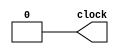
module Clock (clock);

	output reg clock;

	always
		begin 
			#100 clock = 1;
			#100 clock = 0;
  		end

endmodule